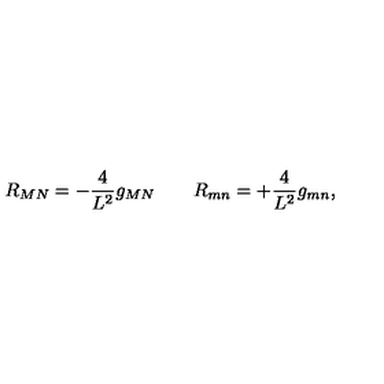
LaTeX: { R _ { M N } = - \frac { 4 } { L ^ { 2 } } g _ { M N } \qquad R _ { m n } = + \frac { 4 } { L ^ { 2 } } g _ { m n } , }